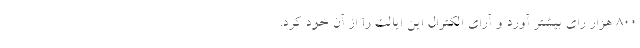
800 هزار رای بیشتر آورد و آرای الکترال این ایالت را از آن خود کرد.